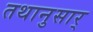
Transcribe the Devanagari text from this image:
तथानुसार्